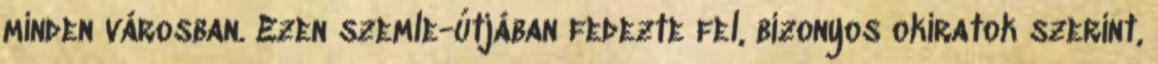
minden városban. Ezen szemle-útjában fedezte fel, bizonyos okiratok szerint,